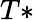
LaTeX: T*